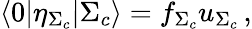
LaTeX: \langle 0|\eta_{\Sigma_{c}}|\Sigma_{c}\rangle=f_{\Sigma_{c}}u_{\Sigma_{c}}\, ,